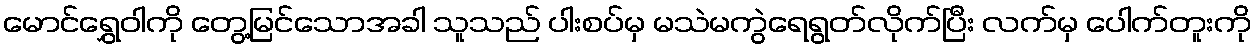
မောင်ရွှေဝါကို တွေ့မြင်သောအခါ သူသည် ပါးစပ်မှ မသဲမကွဲရေရွတ်လိုက်ပြီး လက်မှ ပေါက်တူးကို